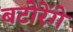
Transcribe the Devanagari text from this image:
बटोरेंगे